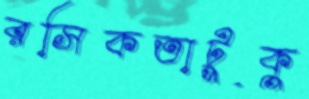
রসিকতাটুকু